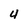
Character: 4